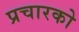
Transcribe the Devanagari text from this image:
प्रचारको